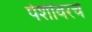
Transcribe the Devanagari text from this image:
पेशींवरचे